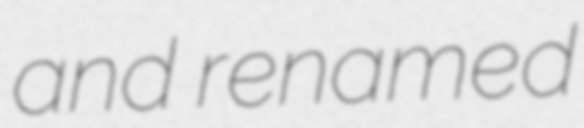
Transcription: and renamed